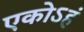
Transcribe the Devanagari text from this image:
एकोऽहं